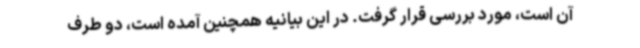
آن است، مورد بررسی قرار گرفت. در این بیانیه همچنین آمده است، دو طرف